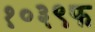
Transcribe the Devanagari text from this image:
१०३९फ